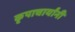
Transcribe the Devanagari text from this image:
कृपाचार्यांनी